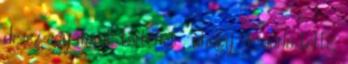
de ez egy másik történet , ahogy Csurla tette,